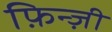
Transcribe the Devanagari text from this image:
फ़िन्ज़ी